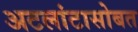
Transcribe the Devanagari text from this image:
अटलांटासोबत